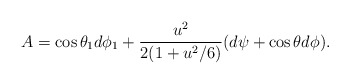
\begin{align*}A=\cos{\theta_1} d\phi_1 +{u^2 \over 2(1+u^2/6)}(d\psi+\cos\theta d\phi).\end{align*}